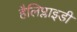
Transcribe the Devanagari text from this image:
हैलिप्लाइडी